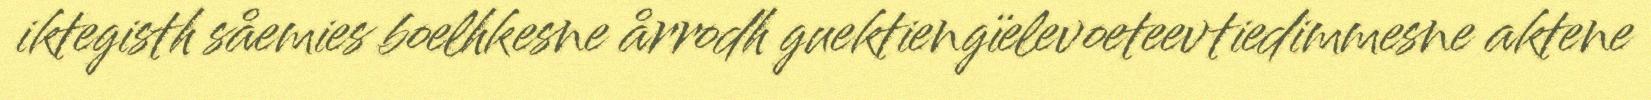
iktegisth såemies boelhkesne årrodh guektiengïelevoeteevtiedimmesne aktene